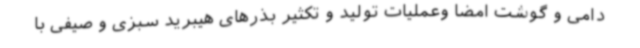
دامی و گوشت امضا وعملیات تولید و تکثیر بذرهای هیبرید سبزی و صیفی با